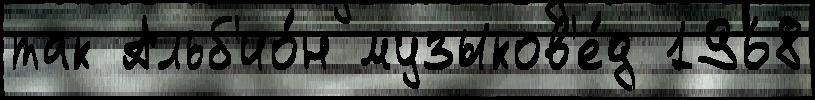
так Альб'ио́н музыков'е́д 1968